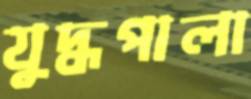
যুদ্ধপালা